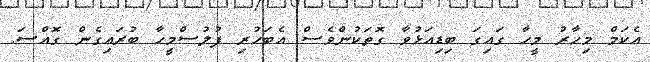
އެކަމް މިހާރު މީހާ ގައިގަ ބިޑިއަޅުވާ ގޮތަކުންވެސް އެބަހުރި ފުލުސްމީހާ ބުރައިގެން ގޮއްސަ.